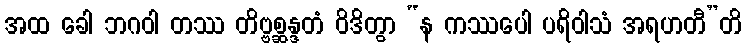
အထ ခေါ ဘဂဝါ တဿ တိဗ္ဗစ္ဆန္ဒတံ ဝိဒိတွာ “န ကဿပေါ ပရိဝါသံ အရဟတီ”တိ